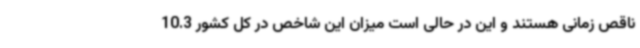
ناقص زمانی هستند و این در حالی است میزان این شاخص در کل کشور 10.3